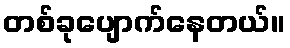
တစ်ခုပျောက်နေတယ်။